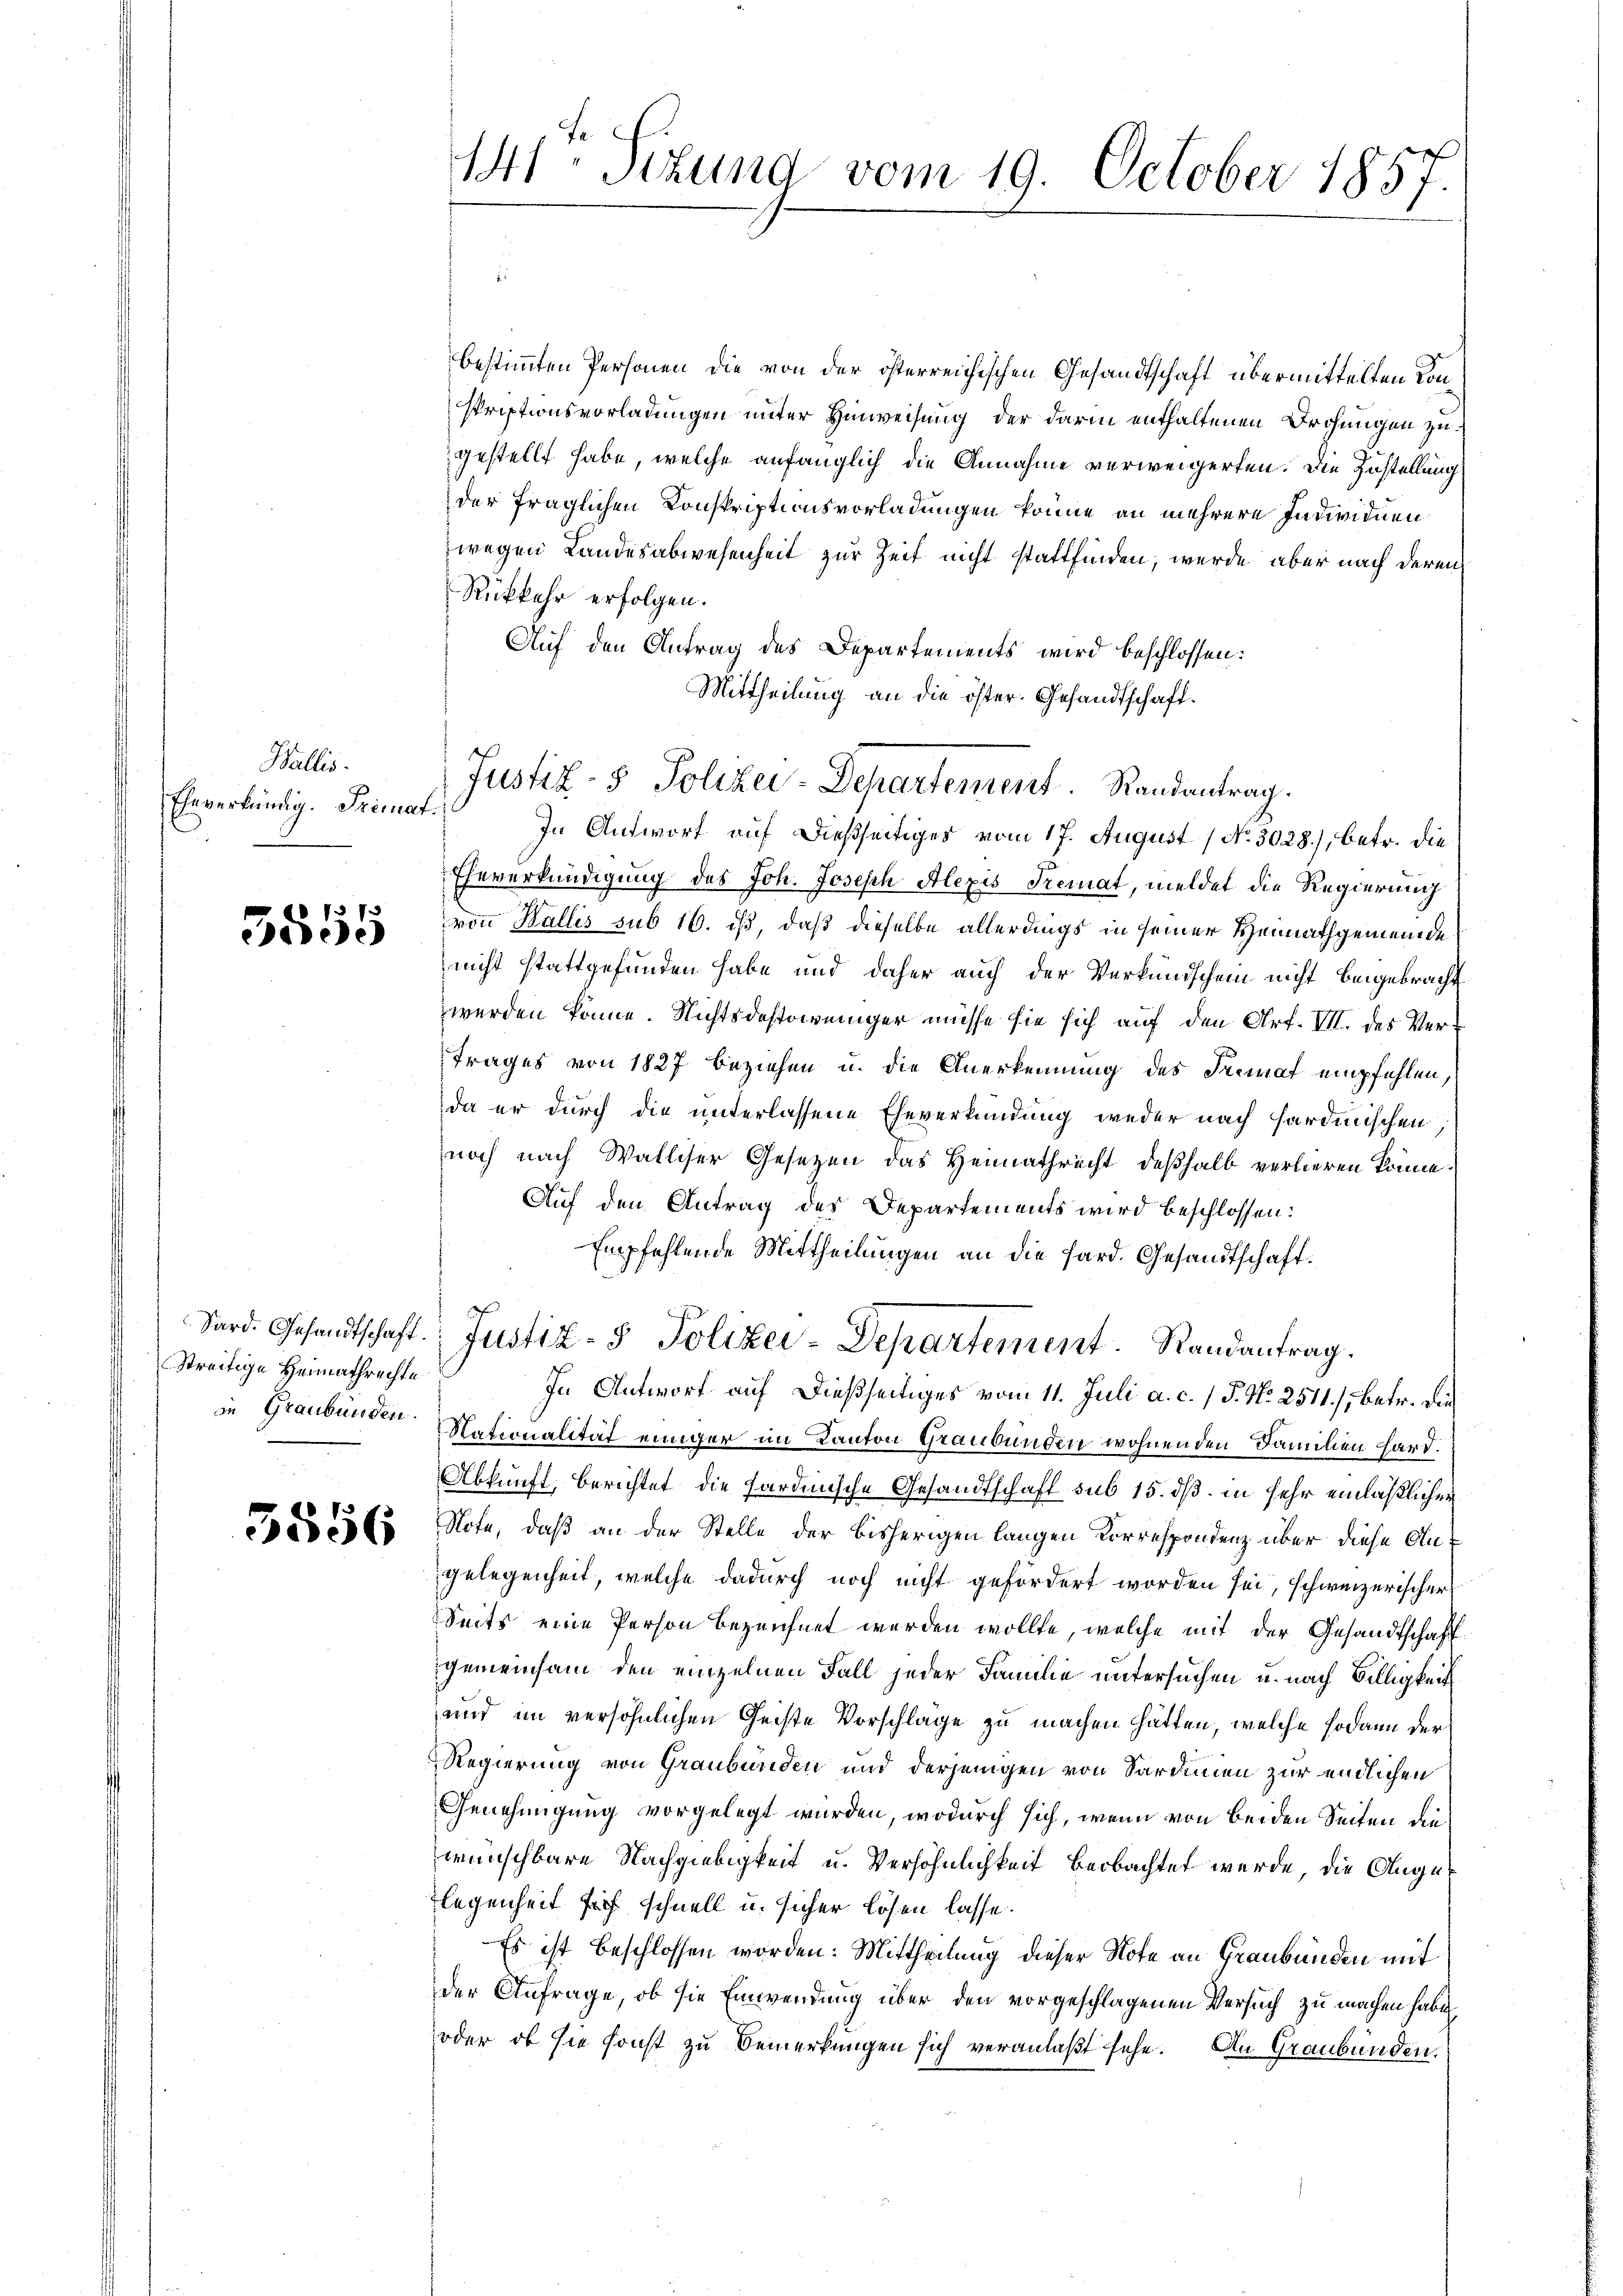
Wallis.
Eheverkündig. Primat.

201313
eedene

streitige Heimathrechte
in Graubünden

3556

141 Stund vom 19. October 1857.

bestimmten Personen die von der österreichischen Gesandtschaft übermittelten Konskriptionsvorladungen unter Hinweisung, der darin enthaltenen Drohungen zugestellt habe, welche anfänglich die Annahme verweigerten. Die Zustellung
der fraglichen Konskriptionsvorladungen könne an mehrere Individuen
wegen Landesabwesenheit zur Zeit nicht stattfinden, werde aber nach deren
Rückkehr erfolgen.
Auf den Antrag des Departements wird beschlossen:
Mittheilung an die öster. Gesandtschaft.
In Antwort auf dießseitiger vom 17. August [No 3028), betr. die
Eheverkündigung des Joh. Joseph Alexis Tremat, meldet die Regierung
von Wallis sub 16. ist, daß dieselbe allerdings in seiner Heimathgemeinde
nicht stattgefunden habe und daher auch der Verkundschein nicht beigebracht
werden könne. Nichtsdestoweniger müsse sie sich auf den Art. VII. des Vertrages von 1827 beziehen u. die Anerkennung des Primat empfehlen,
da er durch die unterlassene Eheverkündung weder nach Hardinischen
noch nach Walliser Gesetzen das Heimathrecht deßhalb verlieren könne.
Auf den Antrag des Departements wird beschlossen:
Empfehlende Mittheilungen an die Hard. Gesandtschaft.
Sord. Gesandtschaft. Justiz- & Polizei-Departement. Randantrag.
In Antwort auf dießseitiges vom 11. Juli a. c. / P. Nr. 2511./, betr. die
Nationalität einiger im Kanton Graubünden wohnenden Familien hard.
Abkunft, berichtet die Fardinische Gesandtschaft sub 15. dß in sehr einläßlicher
Note, daß an der Stelle der bisherigen langen Korrespondenz über diese Angelegenheit, welche dadurch noch nicht gefördert worden sei, schweizerischers
Seits eine Person bezeichnet werden wollte, welche mit der Gesandtschaft
gemeinsam den einzelnen Fall jeder Familie untersuchen u. nach Billigkeit
und im versöhnlichen Geiste Vorschlage zu machen hätten, welche sodann der
Regierung von Graubünden und derjenigen von Sardinien zur endlichen
Genehmigung vorgelegt wurden, wodurch sich, wenn von beiden Seiten die
wünschbare Nachgiebigkeit u. Versöhnlichkeit beobachtet werde, die Augelegenheit sich schnell u. sicher lösen lasse.
Es ist beschlossen worden. Mittheilung dieser Note an Graubünden mit
der Anfrage, ob sie Einwendung über den vorgeschlagenen Versuch zu machen haben,
oder, ob sie sonst zu bemerkungen sich veranlaßt sehe. An Graubünden,

Justiz- & Polizei-Departement Randantrag.